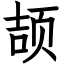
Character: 颉